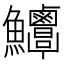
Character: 𩽶